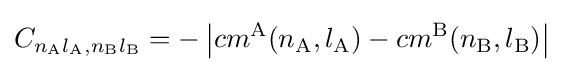
C_{n_{\mathrm {A} }l_{\mathrm {A} },n_{\mathrm {B} }l_{\mathrm {B} }}=-\left|cm^{\mathrm {A} }(n_{\mathrm {A} },l_{\mathrm {A} })-cm^{\mathrm {B} }(n_{\mathrm {B} },l_{\mathrm {B} })\right|